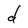
Character: d